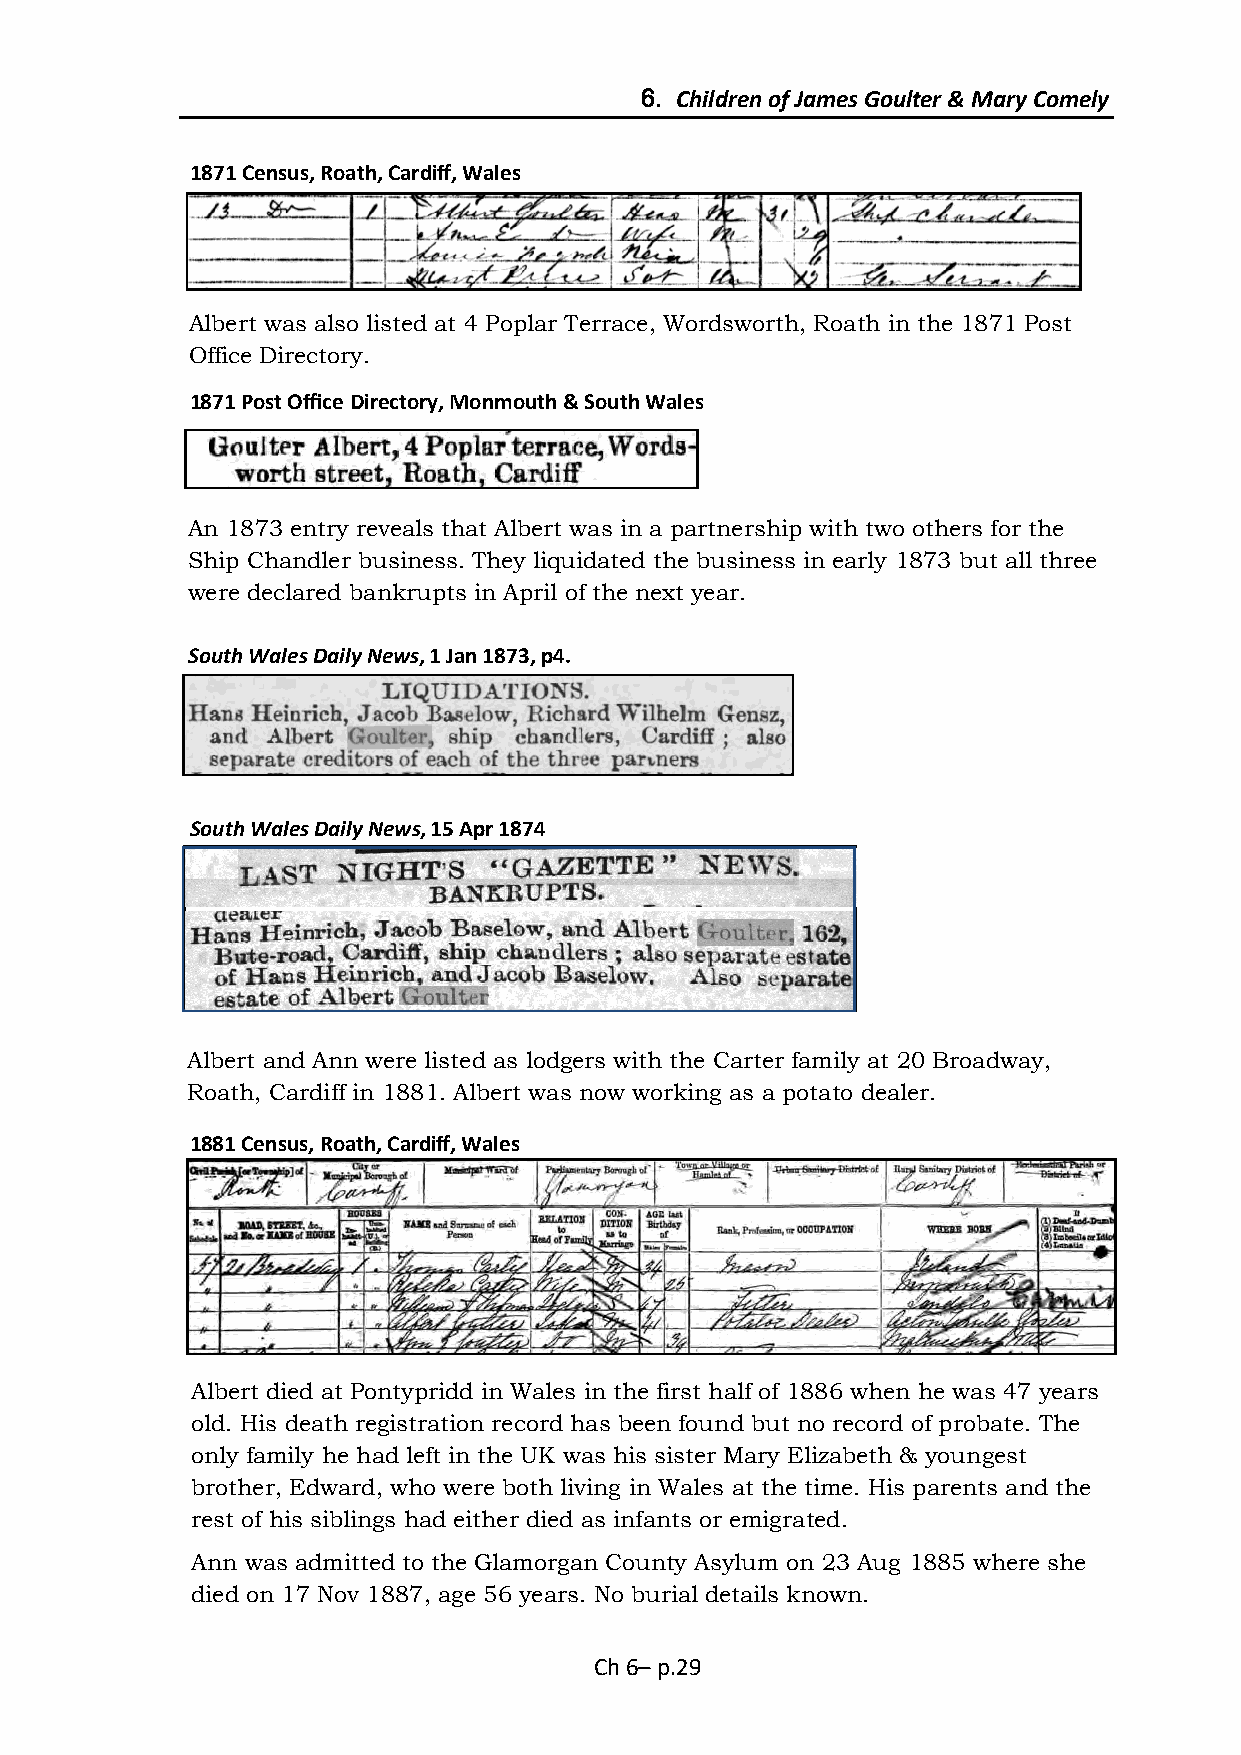
6. Children of James Goulter & Mary Comely
 1871 Census, Roath, Cardiff, Wales
 Albert was also listed at 4 Poplar Terrace, Wordsworth, Roath in the 1871 Post
 Office Directory.
 1871 Post Office Directory, Monmouth & South Wales
 An 1873 entry reveals that Albert was in a partnership with two others for the
 Ship Chandler business. They liquidated the business in early 1873 but all three
 were declared bankrupts in April of the next year.
 South Wales Daily News, 1 Jan 1873, p4.
 South Wales Daily News, 15 Apr 1874
 Albert and Ann were listed as lodgers with the Carter family at 20 Broadway,
 Roath, Cardiff in 1881. Albert was now working as a potato dealer.
 1881 Census, Roath, Cardiff, Wales
 Albert died at Pontypridd in Wales in the first half of 1886 when he was 47 years
 old. His death registration record has been found but no record of probate. The
 only family he had left in the UK was his sister Mary Elizabeth & youngest
 brother, Edward, who were both living in Wales at the time. His parents and the
 rest of his siblings had either died as infants or emigrated.
 Ann was admitted to the Glamorgan County Asylum on 23 Aug 1885 where she
 died on 17 Nov 1887, age 56 years. No burial details known.
 Ch 6– p.29